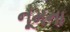
નૂમના